Trukikaitis_Postimees, lk 45
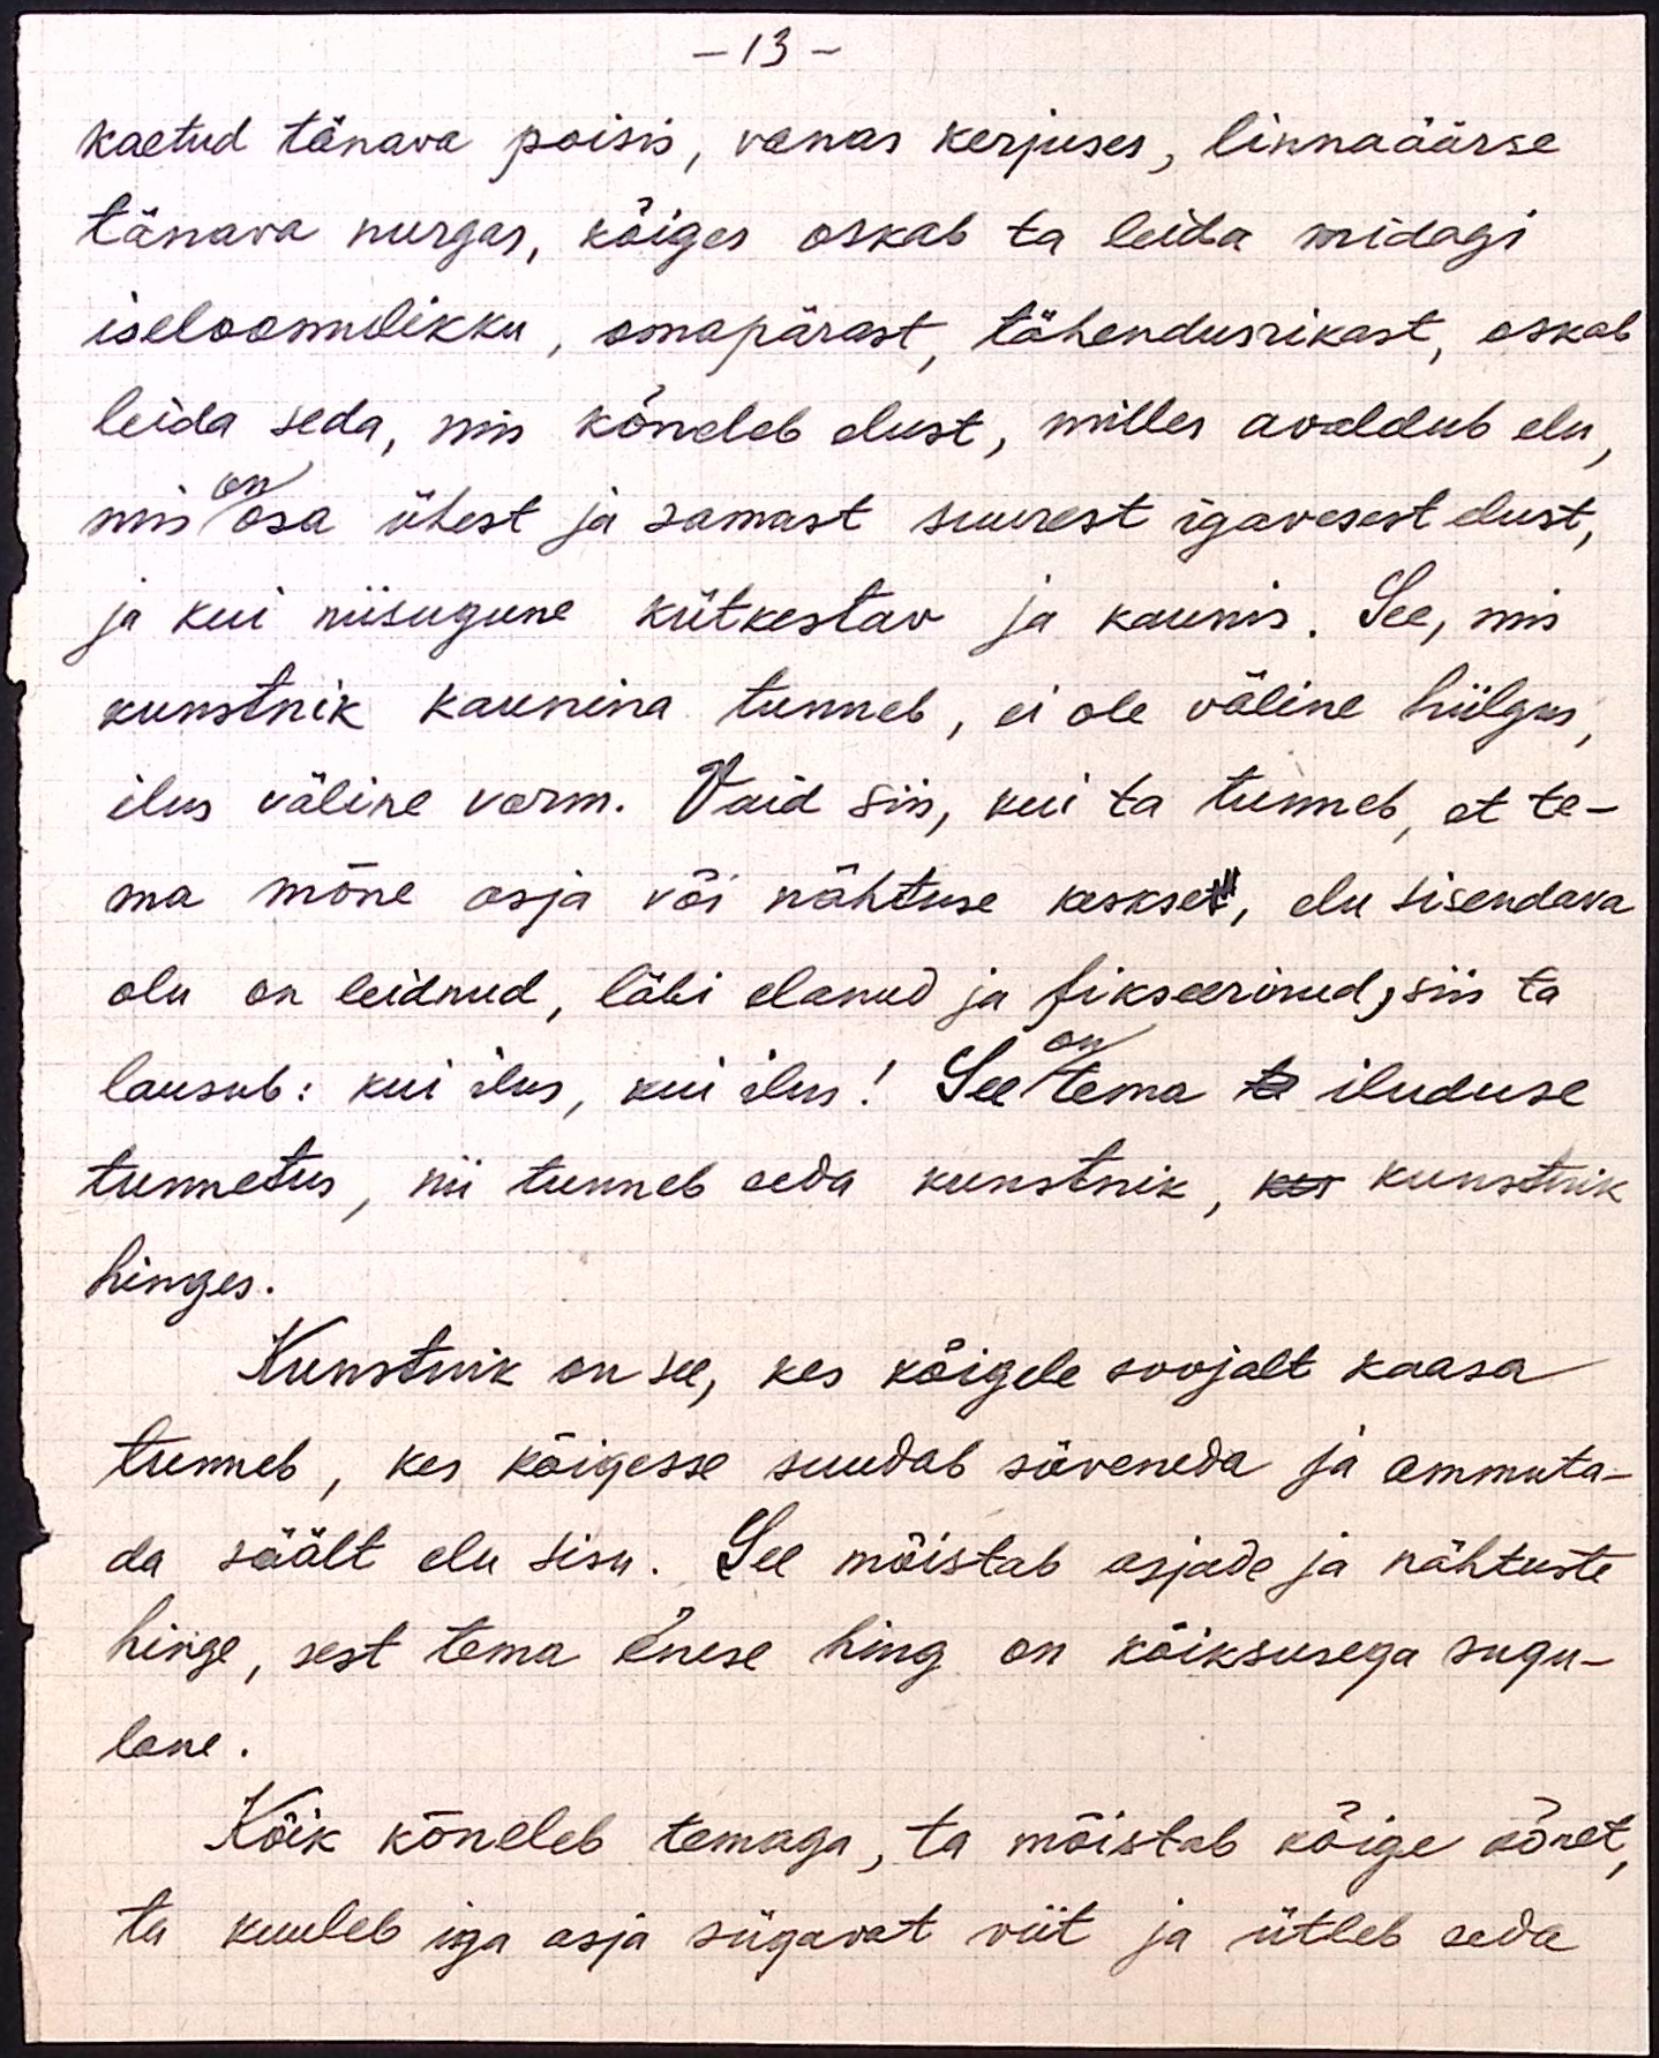
- 13 -
kaetud tänava poisis, vanas kerjuses, linnaäärse
tänava nurgas, kõiges oskab ta leida midagi
iseloomulikku, omapärast, tähendusrikast, oskab
leida seda, mis kõneleb elust, milles avaldub elu,
on
mis osa ühest ja samast suurest igavesest elust,
ja kui niisugune kütkestav ja kaunis. See, mis
kunstnik kaunina tunneb, ei ole väline hiilgus,
ilus väline vorm. Vaid siis, kui ta tunneb, et te-
ma mõne asja või nähtuse keskset, elu sisendava
olu on leidnud, läbi elanud ja fikseerinud, siis ta
lausub: kui ilus, kui ilus! See on tema te iluduse
tunnetus, nii tunneb seda kunstnik, kes kunstnik
hinges.
Kunstnik on see, kes kõigele soojalt kaasa
tunneb, kes kõigesse suudab süveneda ja ammuta-
da säält elu sisu. See mõistab asjade ja nähtuste
hinge, sest tema enese hing on kõiksusega sugu-
lane.
Kõik kõneleb temaga, ta mõistab kõige kõnet,
ta kuuleb iga asja sügavat viit ja ütleb seda